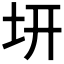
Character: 𭍿